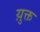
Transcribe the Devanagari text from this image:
य़ुक्त